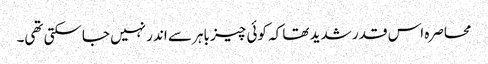
محاصرہ اس قدر شدید تھا کہ کوئی چیز باہر سے اندر نہیں جاسکتی تھی۔